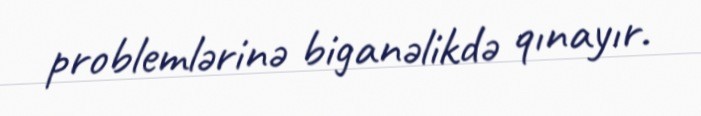
problemlərinə biganəlikdə qınayır.